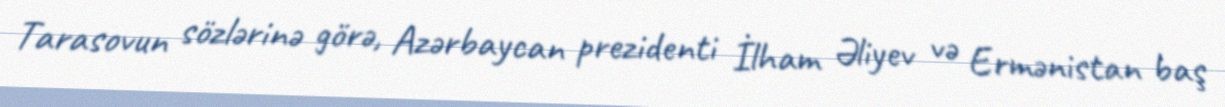
Tarasovun sözlərinə görə, Azərbaycan prezidenti İlham Əliyev və Ermənistan baş